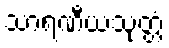
သာရဏီယသုတ္တံ